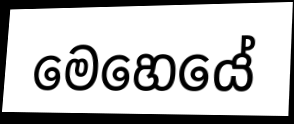
මෙහෙයේ